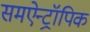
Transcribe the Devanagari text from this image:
समऐन्ट्रॉपिक